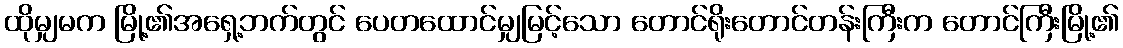
ထိုမျှမက မြို့၏အရှေ့ဘက်တွင် ပေတထောင်မျှမြင့်သော တောင်ရိုးတောင်တန်းကြီးက တောင်ကြီးမြို့၏